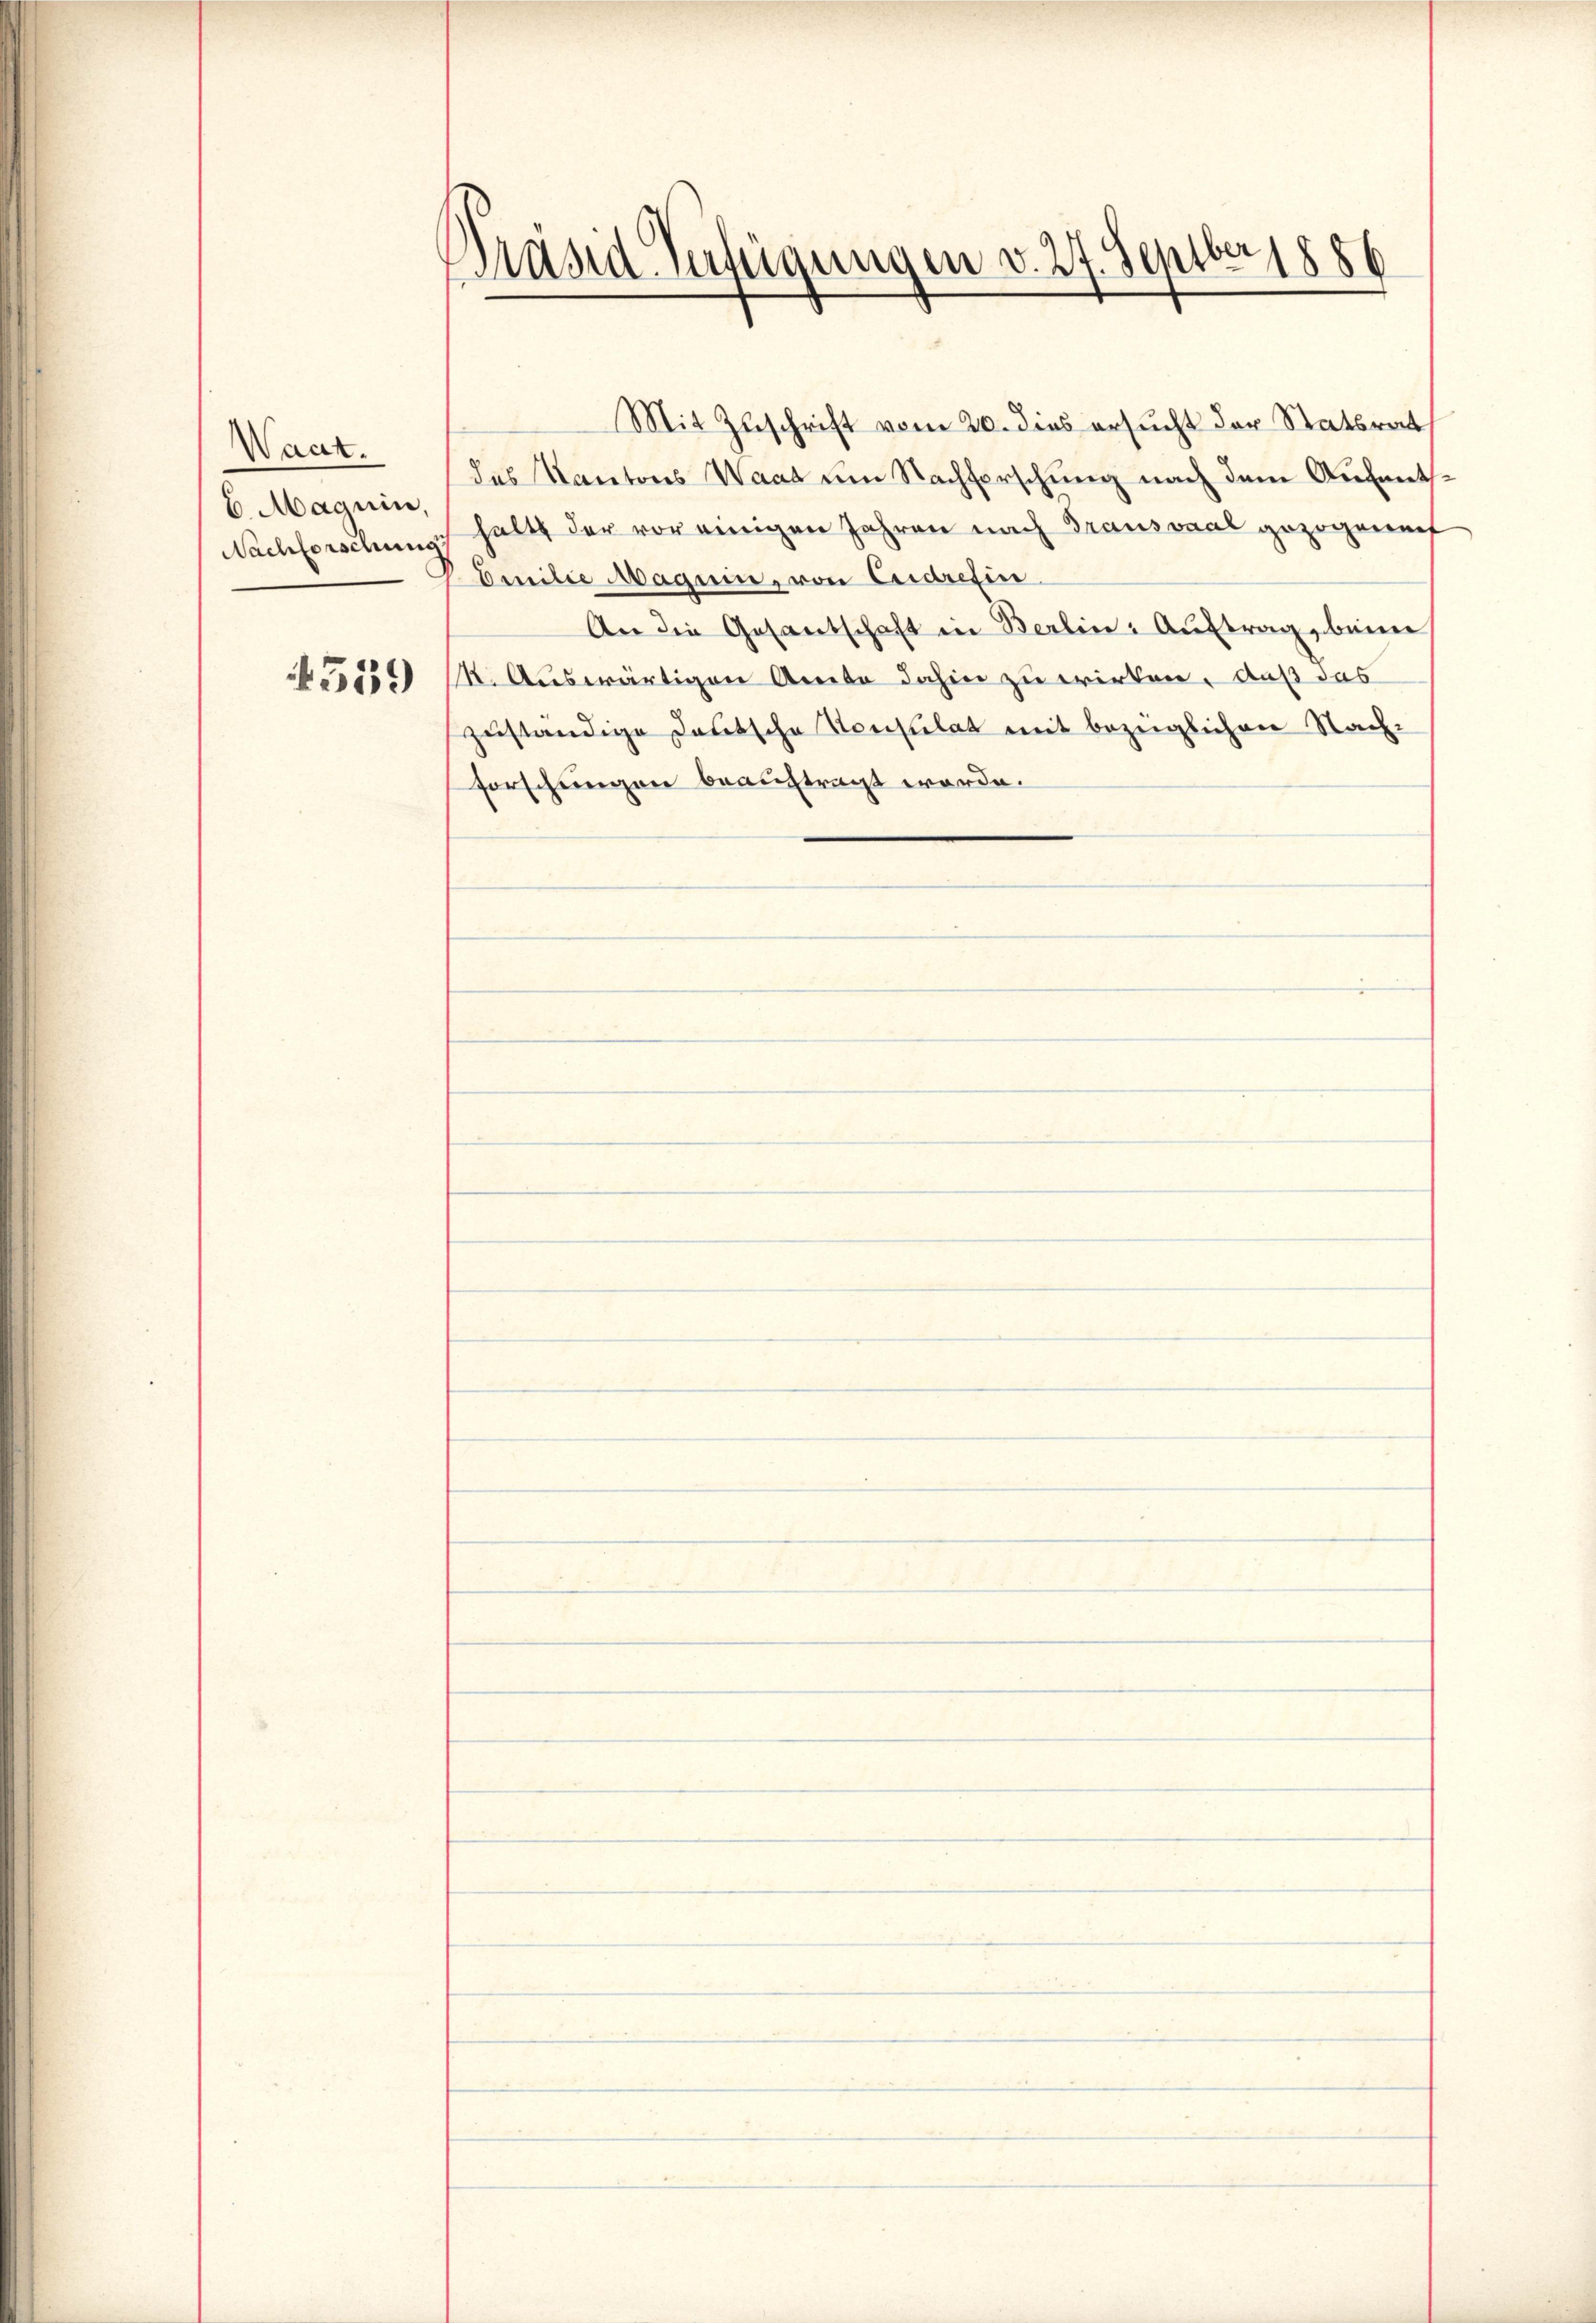
Waar.
6. Magnin,

559

Präsid-Verfügungen v. 27. Septber 1886

Mit Zuschrift vom 20. dies ersucht der Statsrat
das Kantons Waat um Nachforschung nach dem Aufent¬
Nachforschungs halt der vor einigen Jahren nach Grausvaal gezogenauf
Emilie Magnin, von Credrefin
An die Gesantschaft in Berlin: Auftrag, beim
1. Auswärtigen Amte dahin zu wirken. Auß das
zuständige Deutsche Konsulat mit bezüglichen Nachforschungen beauftragt worde.